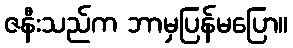
ဇနီးသည်က ဘာမှပြန်မပြော။